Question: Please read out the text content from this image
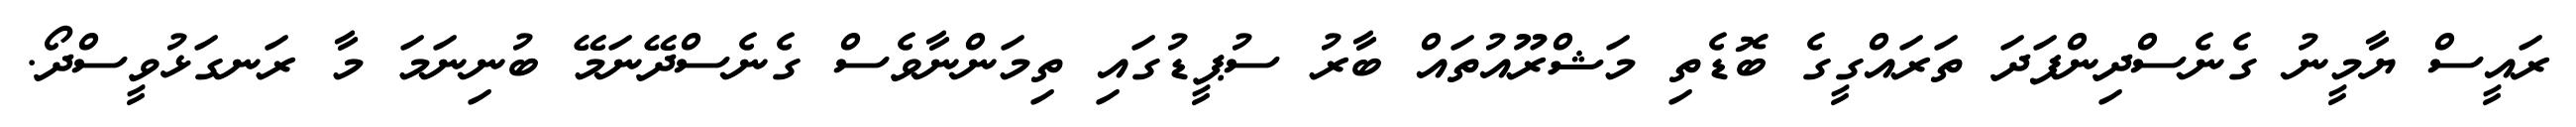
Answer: ރައީސް ޔާމީނު ގެނެސްދިންފަދަ ތަރައްގީގެ ބޮޑެތި މަޝްރޫއުތައް ބާރު ސުޕީޑުގައި ތިމަންނާވެސް ގެނެސްދޭނަމޭ ބުނިނަމަ މާ ރަނގަޅުވީސްދޯ.